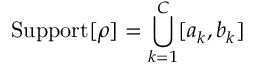
\mathrm { S u p p o r t } [ \rho ] = \bigcup _ { k = 1 } ^ { C } [ a _ { k } , b _ { k } ]